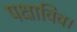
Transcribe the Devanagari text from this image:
पक्षाविव।